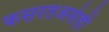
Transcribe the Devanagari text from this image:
कसरतअसेही